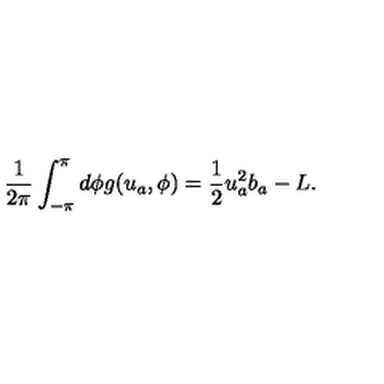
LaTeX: \frac { 1 } { 2 \pi } \int _ { - \pi } ^ { \pi } d \phi g ( u _ { a } , \phi ) = \frac { 1 } { 2 } u _ { a } ^ { 2 } b _ { a } - L .